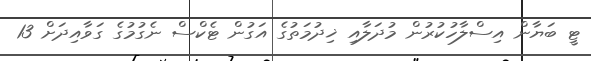
ޓީ ބަޔާން އިސްލާހުކުރުން މުދަލާއި ޚިދުމަތުގެ އަގުން ޓެކްސް ނެގުމުގެ ގަވާއިދަށް 13